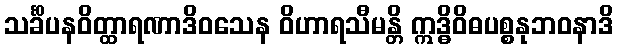
သင်္ခိပနဝိတ္ထာရဏာဒိဝသေန ဝိဟာရသီမန္တိ ဣဒ္ဓိဝိဓပစ္စနုဘဝနာဒိ